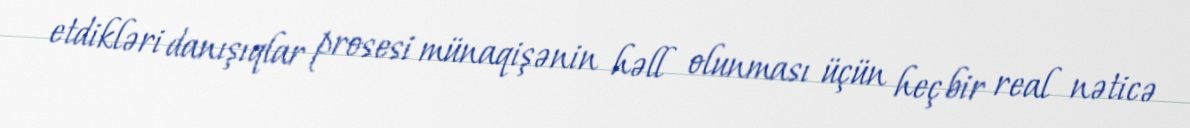
etdikləri danışıqlar prosesi münaqişənin həll olunması üçün heç bir real nəticə